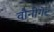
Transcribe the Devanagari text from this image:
वौनीगेट